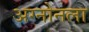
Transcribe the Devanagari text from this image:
अग्नोनला